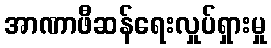
အာဏာဖီဆန်ရေးလှုပ်ရှားမှု